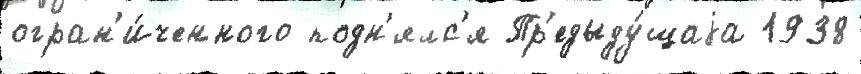
огран'и́ченного подн'ялс'я Пр'едыду́щаjа 1938